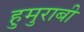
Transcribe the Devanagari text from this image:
हुमुराबी